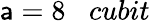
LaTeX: \mathsf{a}=8\; \; \; cubit